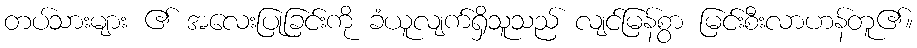
တပ်သားများ ၏ အလေးပြုခြင်းကို ခံယူလျက်ရှိသူသည် လျင်မြန်စွာ မြင်းစီးလာဟန်တူ၏။